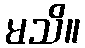
မသိ။